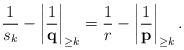
LaTeX: \begin{align*}\frac{1}{s_k}-\left|\frac{1}{\mathbf{q}}\right|_{\geq k}=\frac{1}{r}-\left|\frac{1}{\mathbf{p}}\right|_{\geq k}.\end{align*}